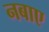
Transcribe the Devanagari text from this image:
नबाए